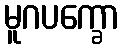
မူဂပက္ခော